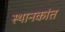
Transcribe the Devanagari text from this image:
स्थानकांत